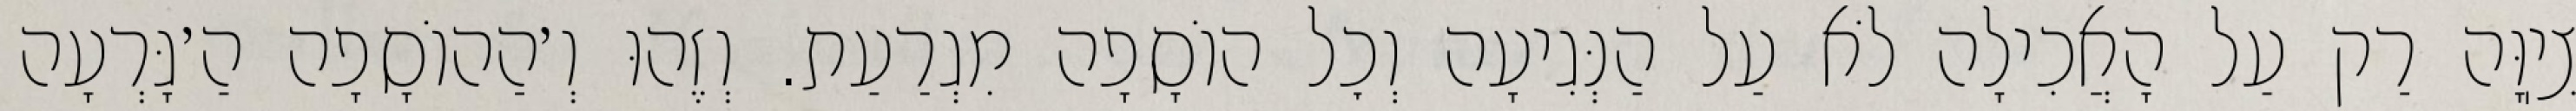
צִיֽוָּה רַק עַל הָאֲכִילָה לֹא עַל הַנְּגִיעָה וְכׇל הוֹסָפָה מִגְרַעַת. וְזֶהוּ וְ׳הַהוֹסָפָה הַ׳גָּרְעָה